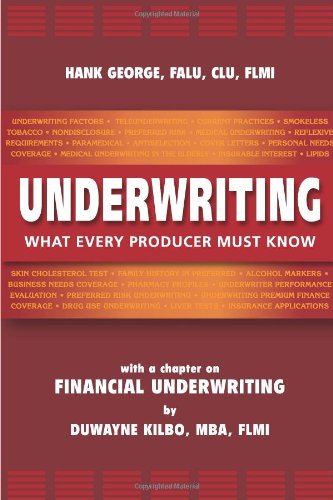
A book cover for Underwriting: What Every Producer Must Know; Hank George; Business & Money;